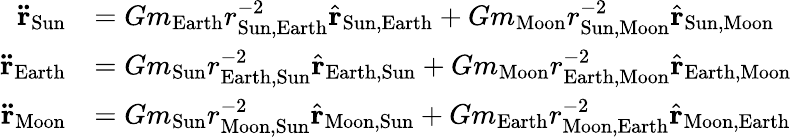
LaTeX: {\begin{array}{rl}{\mathbf{\ddot{r}}_{\mathrm{Sun}}}&{=Gm_{\mathrm{Earth}}r_{{\mathrm{Sun}},{\mathrm{Earth}}}^{-2}{\hat{\mathbf{r}}}_{{\mathrm{Sun}},{\mathrm{Earth}}}+Gm_{\mathrm{Moon}}r_{{\mathrm{Sun}},{\mathrm{Moon}}}^{-2}{\hat{\mathbf{r}}}_{{\mathrm{Sun}},{\mathrm{Moon}}}}\\ {\mathbf{\ddot{r}}_{\mathrm{Earth}}}&{=Gm_{\mathrm{Sun}}r_{{\mathrm{Earth}},{\mathrm{Sun}}}^{-2}{\hat{\mathbf{r}}}_{{\mathrm{Earth}},{\mathrm{Sun}}}+Gm_{\mathrm{Moon}}r_{{\mathrm{Earth}},{\mathrm{Moon}}}^{-2}{\hat{\mathbf{r}}}_{{\mathrm{Earth}},{\mathrm{Moon}}}}\\ {\mathbf{\ddot{r}}_{\mathrm{Moon}}}&{=Gm_{\mathrm{Sun}}r_{{\mathrm{Moon}},{\mathrm{Sun}}}^{-2}{\hat{\mathbf{r}}}_{{\mathrm{Moon}},{\mathrm{Sun}}}+Gm_{\mathrm{Earth}}r_{{\mathrm{Moon}},{\mathrm{Earth}}}^{-2}{\hat{\mathbf{r}}}_{{\mathrm{Moon}},{\mathrm{Earth}}}}\end{array}}